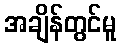
အချိန်တွင်မူ